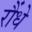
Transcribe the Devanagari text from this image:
रौंधे